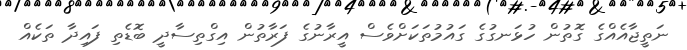
ނަތީޖާއެއްގެ ގޮތުން ހުޅަނގުގެ ގައުމުތަކަށްވެސް އީރާނުގެ ފަރާތުން އިގްތިސާދީ ބޮޑެތި ފައިދާ ތަކެއް